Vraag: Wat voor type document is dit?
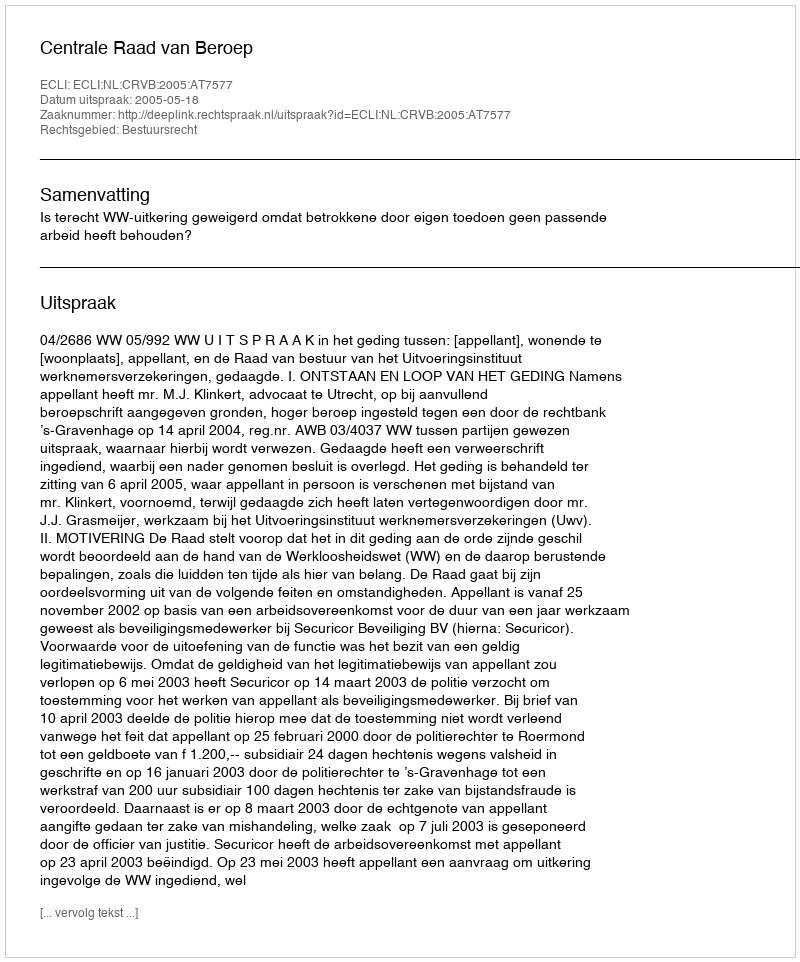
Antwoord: Uitspraak